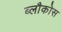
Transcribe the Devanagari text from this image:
ब्लौकोस